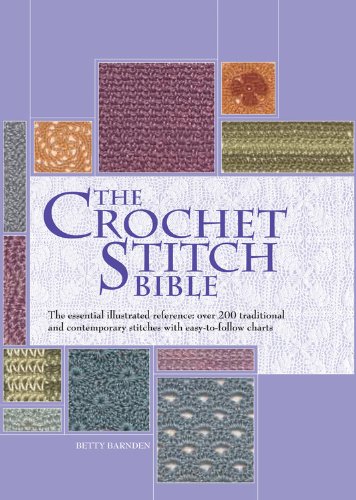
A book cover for The Crochet Stitch Bible: The Essential Illustrated Reference Over 200 Traditional and Contemporary Stitches (Artist/Craft Bible Series); Betty Barnden; Crafts, Hobbies & Home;